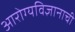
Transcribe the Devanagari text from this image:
आरोग्यविज्ञानाची